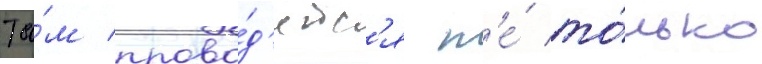
Та́м прово́д'ятс'я н'е́ то́лько